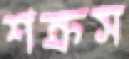
শক্রস